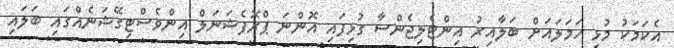
އެކަމަކު މުޅި ހަމަލައަށް ބަލާއިރު އިންޓެލިޖެންސާ ގުޅިފައި އޮންނަ ޕްރޮފެޝަނަލް އިންވެސްޓިގޭޝަނެއްގައި ބަލައި